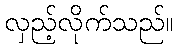
လှည့်လိုက်သည်။